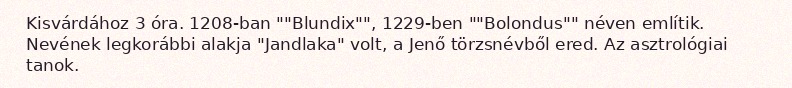
Kisvárdához 3 óra. 1208-ban ""Blundix"", 1229-ben ""Bolondus"" néven említik. Nevének legkorábbi alakja "Jandlaka" volt, a Jenő törzsnévből ered. Az asztrológiai tanok.